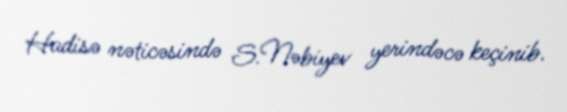
Hadisə nəticəsində S.Nəbiyev yerindəcə keçinib.